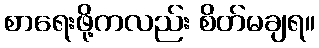
စာရေးဖို့ကလည်း စိတ်မချရ။